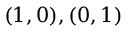
( 1 , 0 ) , ( 0 , 1 ) \quad